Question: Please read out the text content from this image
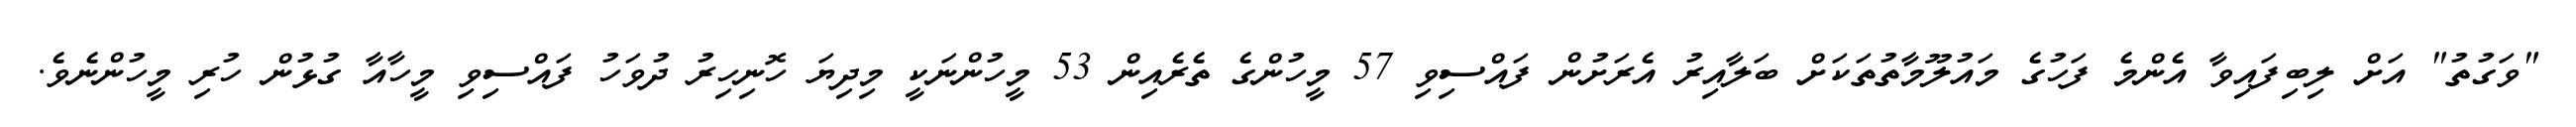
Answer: "ވަގުތު" އަށް ލިބިފައިވާ އެންމެ ފަހުގެ މައުލޫމާތުތަކަށް ބަލާއިރު އެރަށުން ފައްސިވި 57 މީހުންގެ ތެރެއިން 53 މީހުންނަކީ މިދިޔަ ހޮނިހިރު ދުވަހު ފައްސިވި މީހާއާ ގުޅުން ހުރި މީހުންނެވެ.